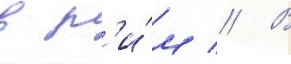
в р'и́м // В